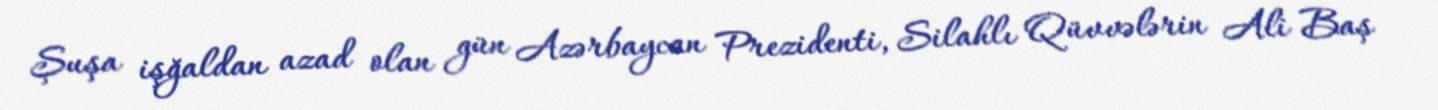
Şuşa işğaldan azad olan gün Azərbaycan Prezidenti, Silahlı Qüvvələrin Ali Baş